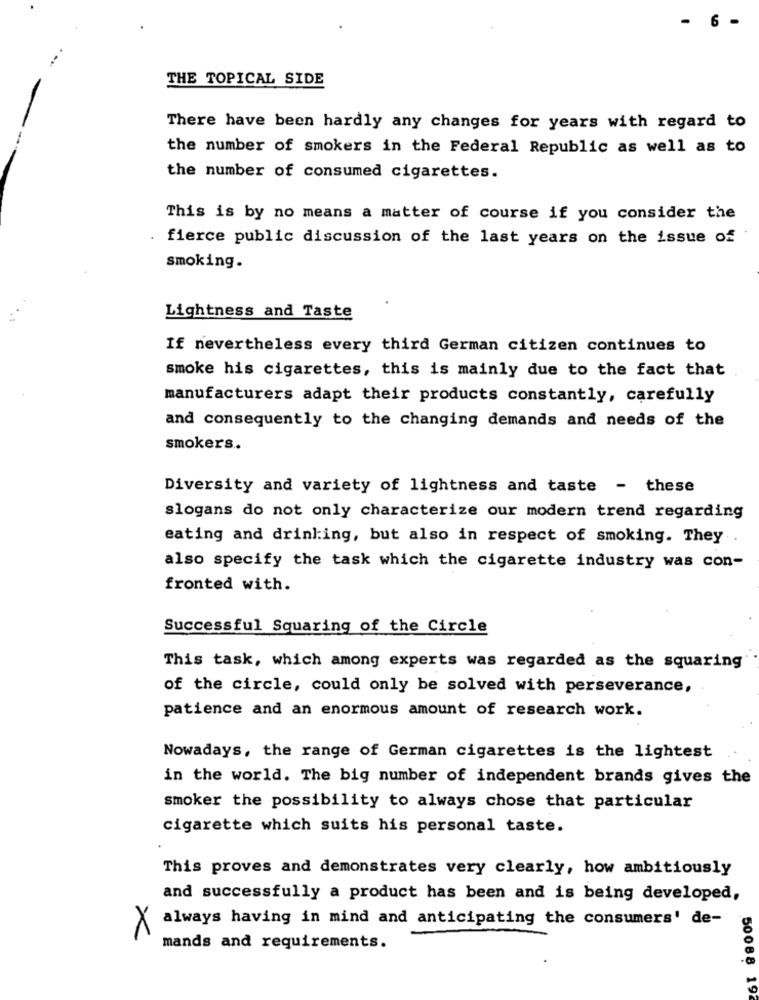
6 -
THE TOPICAL SIDE
There have been hardly any changes for years with regard to
the number of smokers in the Federal Republic as well as to
the number of consumed cigarettes.
This is by no means a matter of course if you consider the
fierce public discussion of the last years on the issue of
smoking.
Lightness and Taste
If nevertheless every third German citizen continues to
smoke his cigarettes, this is mainly due to the fact that
manufacturers adapt their products constantly, carefully
and consequently to the changing demands and needs of the
smokers ..
Diversity and variety of lightness and taste - these
slogans do not only characterize our modern trend regarding
eating and drinking, but also in respect of smoking. They
also specify the task which the cigarette industry was con-
fronted with.
Successful Squaring of the Circle
This task, which among experts was regarded as the squaring
of the circle, could only be solved with perseverance,
patience and an enormous amount of research work.
Nowadays, the range of German cigarettes is the lightest
in the world. The big number of independent brands gives the
smoker the possibility to always chose that particular
cigarette which suits his personal taste.
This proves and demonstrates very clearly, how ambitiously
and successfully a product has been and is being developed,
always having in mind and anticipating the consumers' de-
X
mands and requirements.
50088 192